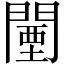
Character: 闉